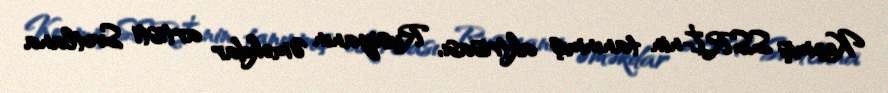
Keçmiş SSRİ-nin tanınmış aktrisası, Rusiyanın Əməkdar artisti Svetlana